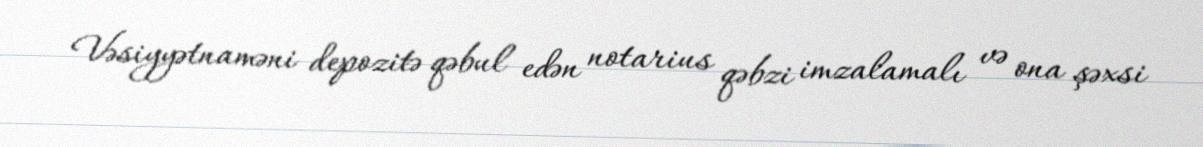
Vəsiyyətnaməni depozitə qəbul edən notarius qəbzi imzalamalı və ona şəxsi